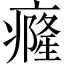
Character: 癃